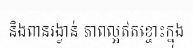
និងពានរង្វាន់ ភាពល្អឥតខ្ចោះក្នុង